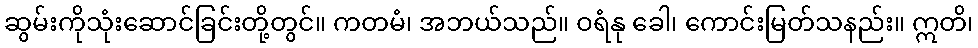
ဆွမ်းကိုသုံးဆောင်ခြင်းတို့တွင်။ ကတမံ၊ အဘယ်သည်။ ဝရံနု ခေါ၊ ကောင်းမြတ်သနည်း။ ဣတိ၊